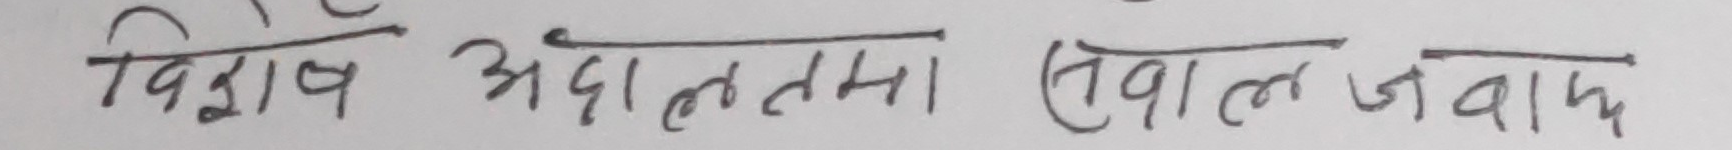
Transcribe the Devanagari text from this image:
विशेष अदालतमा सवाल जवाफ